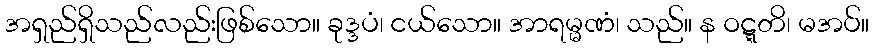
အရှည်ရှိသည်လည်းဖြစ်သော။ ခုဒ္ဒပံ၊ ငယ်သော။ အာရမ္မဏံ၊ သည်။ န ဝဋ္ဋတိ၊ မအပ်။